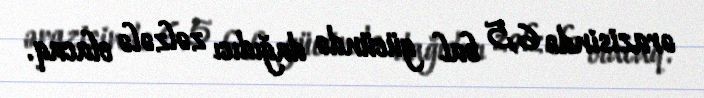
ərazisində 6,5 bal gücündə dağıdıcı zəlzələ olacaq.